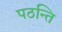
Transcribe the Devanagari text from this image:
पठन्ति